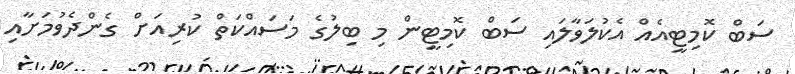
ސަބް ކޮމިޓީއެއް އެކުލަވާލައި ސަބް ކޮމިޓީން މި ބިލުގެ މަސައްކަތް ކުރިއަށް ގެންދެވުމަށާއި